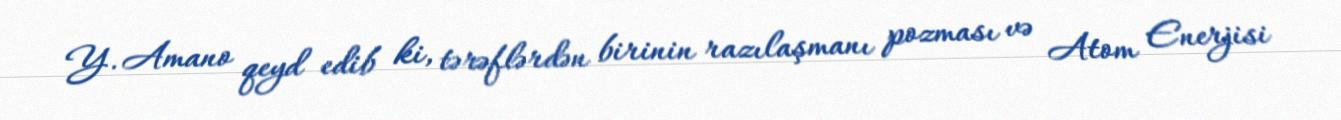
Y. Amano qeyd edib ki, tərəflərdən birinin razılaşmanı pozması və Atom Enerjisi